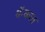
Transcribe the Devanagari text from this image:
बॅन्कात